Scientific memoirs by medical officers of the Army of India - Part V,
Year: 1890
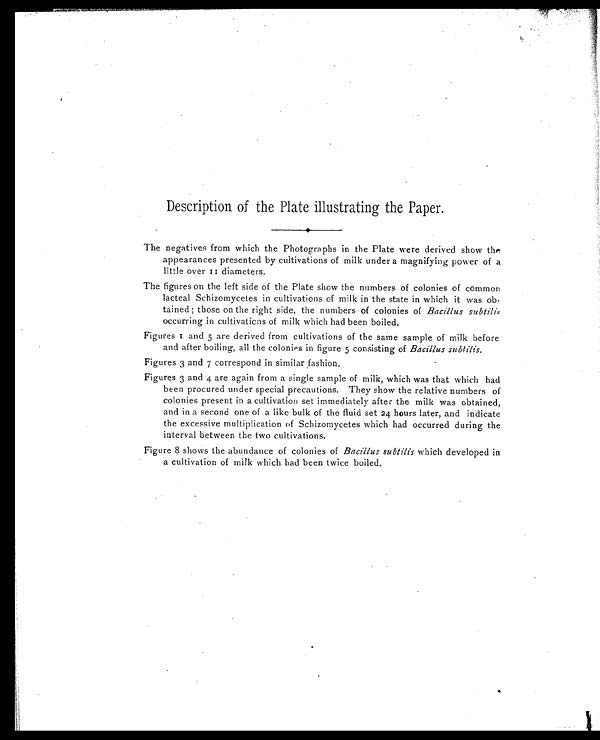
Description of the Plate illustrating the Paper.
The negatives from which the Photographs in the Plate were derived show the
appearances presented by cultivations of milk under a magnifying power of a
little over 11 diameters.
The figures on the left side of the Plate show the numbers of colonies of common
lacteal Schizomycetes in cultivations of milk in the state in which it was ob
-tained; those on the right side, the numbers of colonies of Bacillus subtilis
occurring in cultivations of milk which had been boiled.
F i g u r e s 1 a n d 5 a r e d e r i v e d f r o m c u l t i v a t i o n s o f t h e s a m e s a m p l e o f m i l k b e f o r e
and after boiling, all the colonies in figure 5 consisting of Bacillus subtilis.
Figures 3 and 7 correspond in similar fashion.
Figures 3 and 4 are again from a single sample of milk, which was that which had
been procured under special precautions. They show the relative numbers of
colonies present in a cultivation set immediately after the milk was obtained,
and in a second one of a like bulk of the fluid set 24 hours later, and indicate
the excessive multiplication of Schizomycetes which had occurred during the
interval between the two cultivations.
Figure 8 shows the abundance of colonies of Bacillus subtilis which developed in
a cultivation of milk which had been twice boiled.